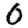
Digit: 0